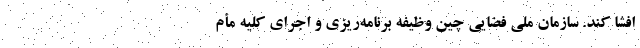
افشا کند. سازمان ملی فضایی چین وظیفه برنامه‌ریزی و اجرای کلیه مأم